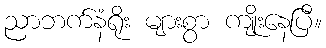
ညာဘက်နံရိုး များစွာ ကျိုးနေပြီ။